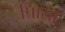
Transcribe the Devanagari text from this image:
प्रिाया